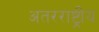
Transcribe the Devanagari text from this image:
अतरराष्ट्रीय